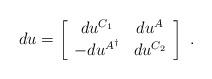
LaTeX: \begin{align*} du = \left[ \begin{array}{cc} du^{C_1}&du^A\\ -du^{A^{\dagger}}&du^{C_2} \end{array} \right] \ .\end{align*}